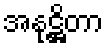
အနုဋ္ဌိတာ